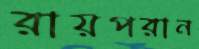
রায়পরান